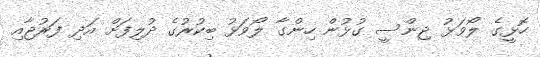
ހޮޅީގެ ލޯވަޅު ޖިންސީ ގުޅުން ހިންގާ ލޯވަޅު ބިކުރުގެ ދުލިފަށް އަދި ފަރުޖާއި